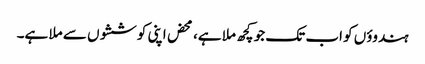
ہندوؤں کو اب تک جو کچھ ملا ہے، محض اپنی کوششوں سے ملا ہے۔